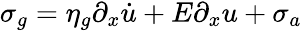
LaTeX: \sigma_{g}=\eta_{g}\partial_{x}\dot{u}+E\partial_{x}u+\sigma_{a}